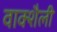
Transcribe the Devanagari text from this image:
वाक्शैली